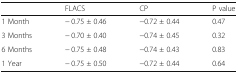
<table><thead><tr><td></td><td><b>FLACS</b></td><td><b>CP</b></td><td><b>P value</b></td></tr></thead><tbody><tr><td>1 Month</td><td>− 0.75 ± 0.46</td><td>−0.72 ± 0.44</td><td>0.47</td></tr><tr><td>3 Months</td><td>− 0.70 ± 0.40</td><td>−0.74 ± 0.45</td><td>0.32</td></tr><tr><td>6 Months</td><td>− 0.75 ± 0.48</td><td>−0.74 ± 0.43</td><td>0.83</td></tr><tr><td>1 Year</td><td>− 0.75 ± 0.50</td><td>−0.72 ± 0.44</td><td>0.64</td></tr></tbody></table>